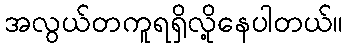
အလွယ်တကူရရှိလို့နေပါတယ်။